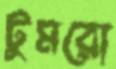
টুমরো